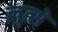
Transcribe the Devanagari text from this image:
लुत्से